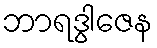
ဘာရဒွါဇေန